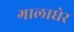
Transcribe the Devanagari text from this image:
गालाघेर